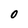
Character: 0